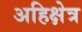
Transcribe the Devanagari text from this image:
अहिक्षेत्र